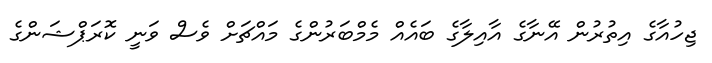
ޖިހުއާގެ އިތުރުން އޭނާގެ އާއިލާގެ ބައެއް މެމްބަރުންގެ މައްޗަަށް ވެސް ވަނީ ކޮރަޕްޝަންގެ